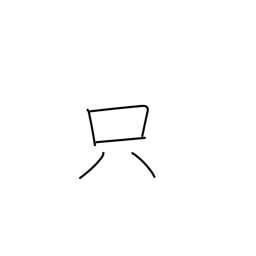
Meaning: free